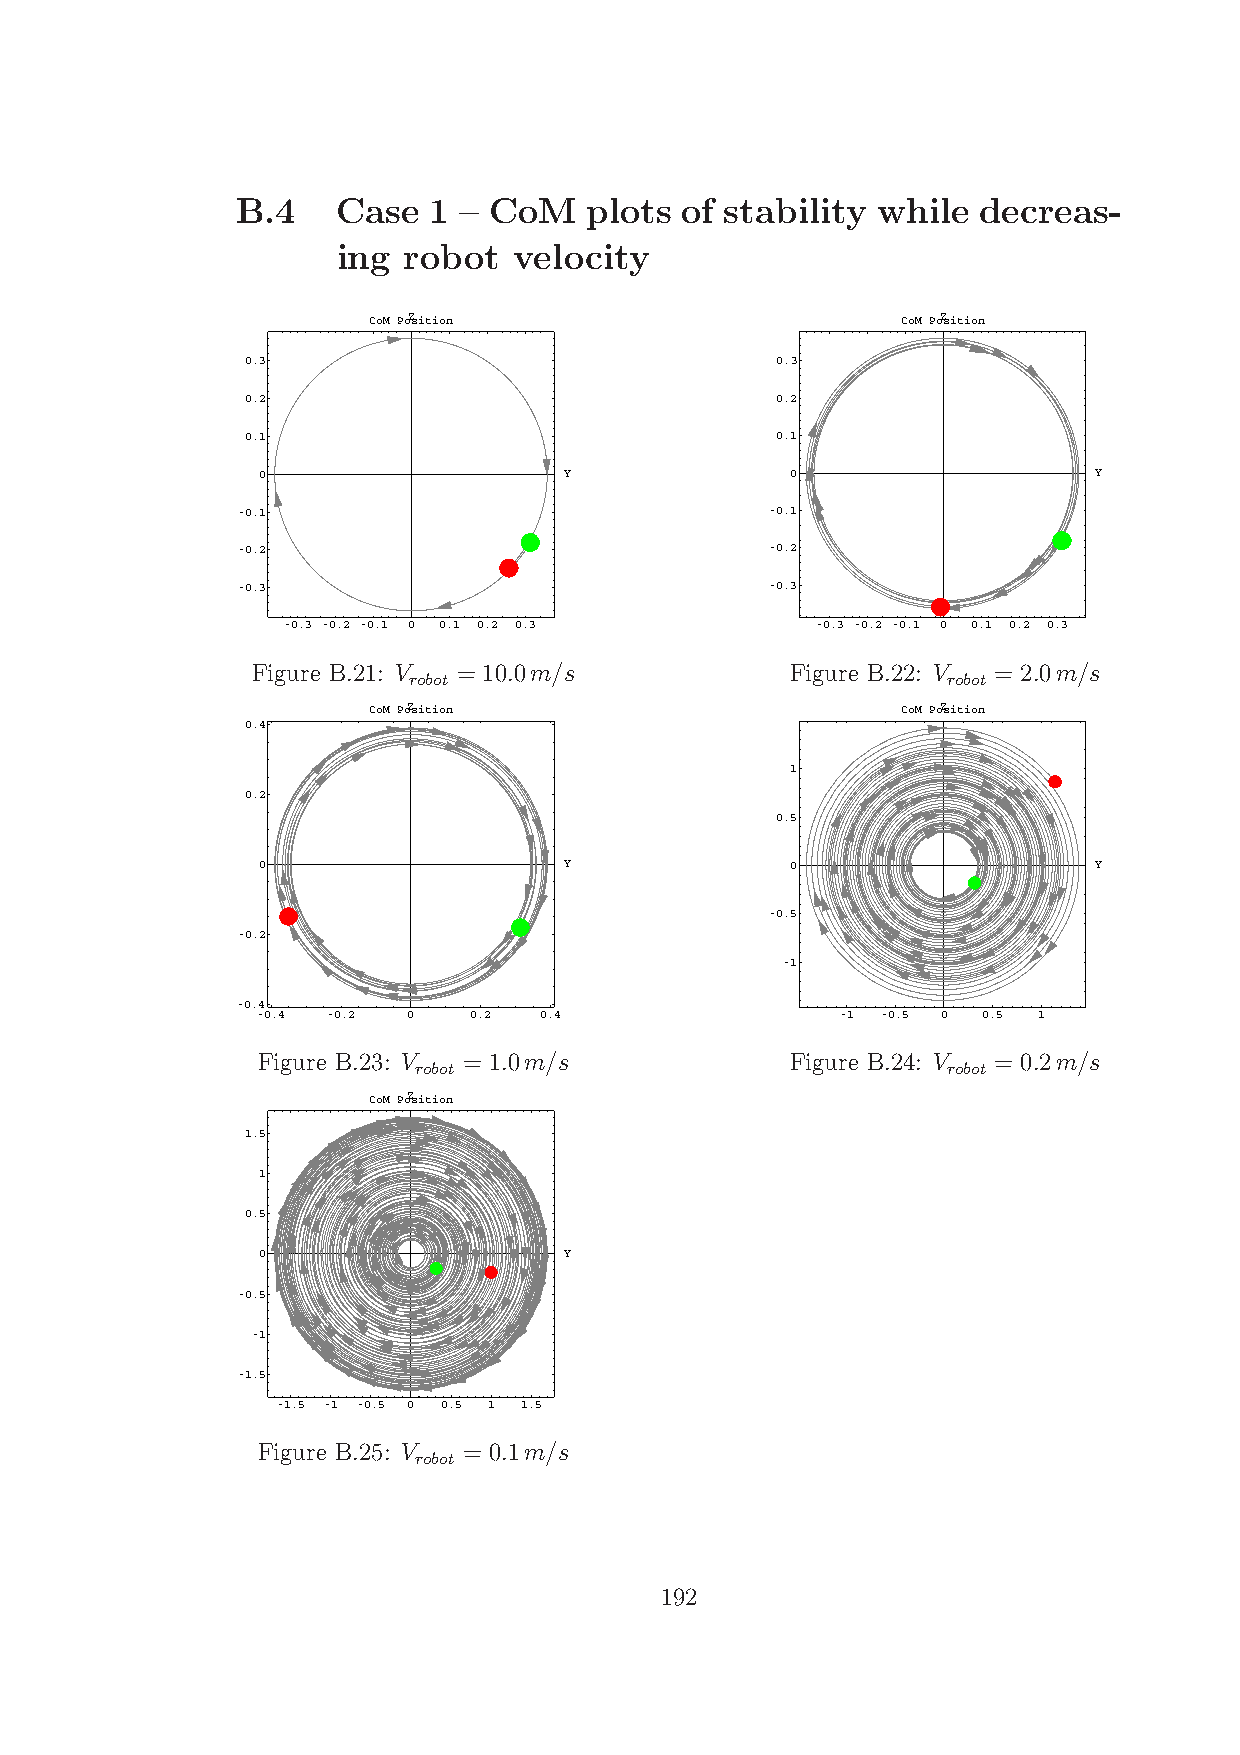
B.4   Case  1 – CoM    plots of stability while  decreas-
 ing  robot  velocity
 CoM PoZsition                       CoM PoZsition
 0.3                                0.3
 0.2                                0.2
 0.1                                0.1
 0                   Y              0                   Y
 -0.1                               -0.1
 -0.2                               -0.2
 -0.3                               -0.3
 -0.3 -0.2 -0.1 0 0.1 0.2 0.3       -0.3 -0.2 -0.1 0 0.1 0.2 0.3
 Figure B.21: V = 10.0m/s           Figure B.22: V = 2.0m/s
 robot                               robot
 CoM PoZsition                       CoM PoZsition
 0.4
 1
 0.2
 0.5
 0                   Y              0                   Y
 -0.5
 -0.2
 -1
 -0.4
 -0.4 -0.2 0   0.2  0.4                 -1 -0.5 0 0.5 1
 Figure B.23: V = 1.0m/s            Figure B.24: V = 0.2m/s
 robot                               robot
 CoM PoZsition
 1.5
 1
 0.5
 0                   Y
 -0.5
 -1
 -1.5
 -1.5 -1 -0.5 0 0.5 1 1.5
 Figure B.25: V = 0.1m/s
 robot
 192